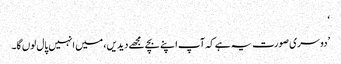
‘
’دوسری صورت یہ ہے کہ آپ اپنے بچے مجھے دیدیں، میں انہیں پال لوں گا۔